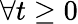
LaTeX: \forall t\ge 0